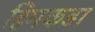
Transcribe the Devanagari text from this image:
हिमकडा